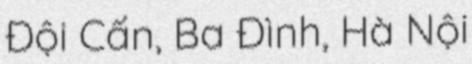
Đội Cấn, Ba Đình, Hà Nội